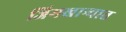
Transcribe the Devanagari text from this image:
जिमखान्यात